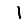
Digit: 1